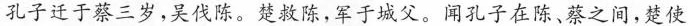
孔子迁于蔡三岁，吴伐陈。楚救陈，军于城父。闻孔子在陈、蔡之间，楚使